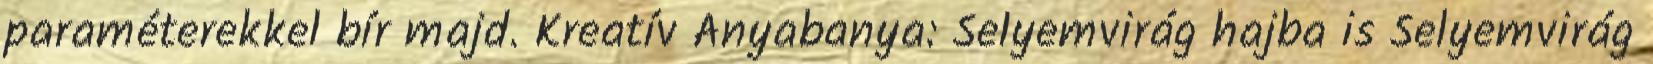
paraméterekkel bír majd. Kreatív Anyabanya: Selyemvirág hajba is Selyemvirág